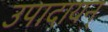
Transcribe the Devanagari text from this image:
उपादायन्